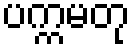
ပက္ကမတု